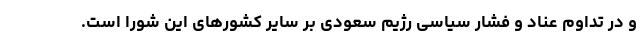
و در تداوم عناد و فشار سیاسی رژیم سعودی بر سایر کشورهای این شورا است.